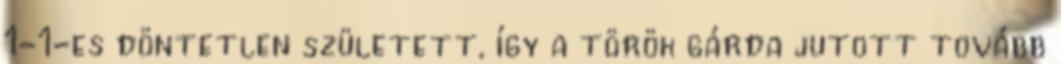
1-1-es döntetlen született, így a török gárda jutott tovább